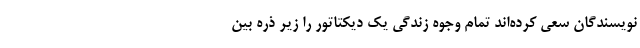
نویسندگان سعی کرده‌اند تمام وجوه زندگی یک دیکتاتور را زیر ذره بین